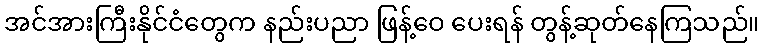
အင်အားကြီးနိုင်ငံတွေက နည်းပညာ ဖြန့်ဝေ ပေးရန် တွန့်ဆုတ်နေကြသည်။